Vaccination United Provinces of Agra and Oudh 1923-1928 - 1923-1928
Year: 1923
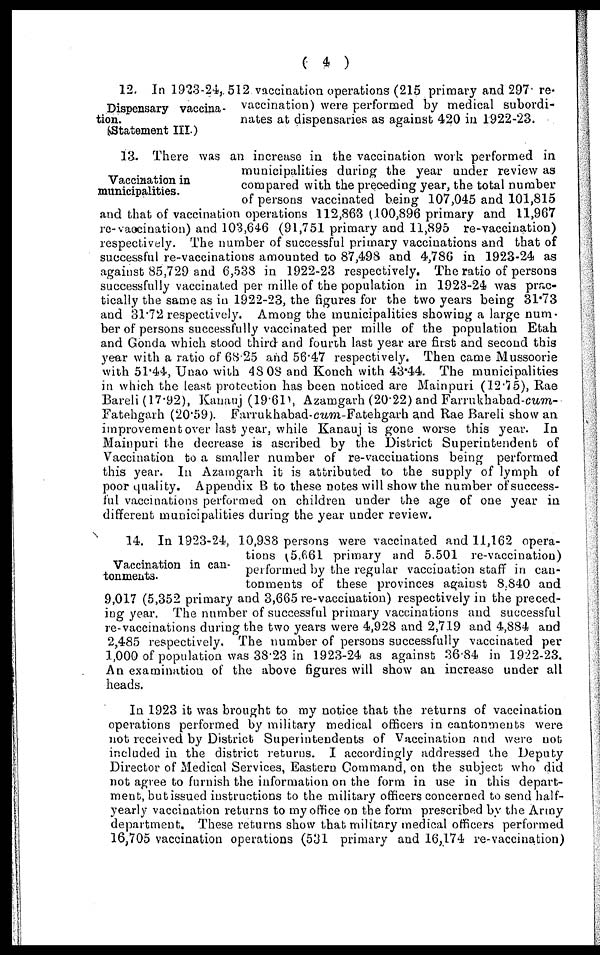
( 4 )
Dispensary vaccina-
tion.
(Statement III.)
12. In 1923-24, 512 vaccination operations (215 primary and 297 re-
vaccination) were performed by medical subordi-
nates at dispensaries as against 420 in 1922-23.
Vaccination in
municipalities.
13. There was an increase in the vaccination work performed in
municipalities during the year under review as
compared with the preceding year, the total number
of persons vaccinated being 107,045 and 101,815
and that of vaccination operations 112,863 (100,896 primary and 11,967
re-vaccination) and 103,646 (91,751 primary and 11,895 re-vaccination)
respectively. The number of successful primary vaccinations and that of
successful re-vaccinations amounted to 87,498 and 4,786 in 1923-24 as
against 85,729 and 6,538 in 1922-23 respectively. The ratio of persons
successfully vaccinated per mille of the population in 1923-24 was prac-
tically the same as in 1922-23, the figures for the two years being 31.73
and 31.72 respectively. Among the municipalities showing a large num-
ber of persons successfully vaccinated per mille of the population Etah
and Gonda which stood third and fourth last year are first and second this
year with a ratio of 68.25 and 56.47 respectively. Then came Mussoorie
with 51.44, Unao with 48.08 and Konch with 43.44. The municipalities
in which the least protection has been noticed are Mainpuri (12.75), Rae
Bareli (17.92), Kanauj (19.61), Azamgarh (20.22) and Farrukhabad-cum-
Fatehgarh (20.59). Farrukhabad-cum-Fatehgarh and Rae Bareli show an
improvement over last year, while Kanauj is gone worse this year. In
Mainpuri the decrease is ascribed by the District Superintendent of
Vaccination to a smaller number of re-vaccinations being performed
this year. In Azamgarh it is attributed to the supply of lymph of
poor quality. Appendix B to these notes will show the number of success-
ful vaccinations performed on children under the age of one year in
different municipalities during the year under review.
Vaccination in can-
tonments.
14. In 1923-24, 10,988 persons were vaccinated and 11,162 opera-
tions (5,661 primary and 5.501 re-vaccination)
performed by the regular vaccination staff in can-
tonments of these provinces against 8 840 and
9,017 (5,352 primary and 3,665 re-vaccination) respectively in the preced-
ing year. The number of successful primary vaccinations and successful
re-vaccinations during the two years were 4,928 and 2,719 and 4,884 and
2,485 respectively. The number of persons successfully vaccinated per
1,000 of population was 38.23 in 1923-24 as against 36.84 in 1922-23.
An examination of the above figures will show an increase under all
heads.
In 1923 it was brought to my notice that the returns of vaccination
operations performed by military medical officers in cantonments were
not received by District Superintendents of Vaccination and were not
included in the district returns. I accordingly addressed the Deputy
Director of Medical Services, Eastern Command, on the subject who did
not agree to furnish the information on the form in use in this depart-
ment, but issued instructions to the military officers concerned to send half-
yearly vaccination returns to my office on the form prescribed by the Army
department. These returns show that military medical officers performed
16,705 vaccination operations (531 primary and 16,174 re-vaccination)